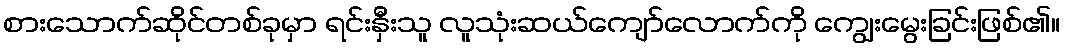
စားသောက်ဆိုင်တစ်ခုမှာ ရင်းနှီးသူ လူသုံးဆယ်ကျော်လောက်ကို ကျွေးမွေးခြင်းဖြစ်၏။